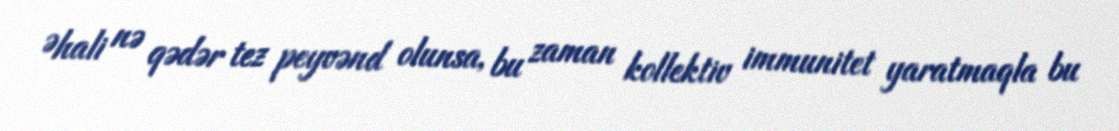
Əhali nə qədər tez peyvənd olunsa, bu zaman kollektiv immunitet yaratmaqla bu